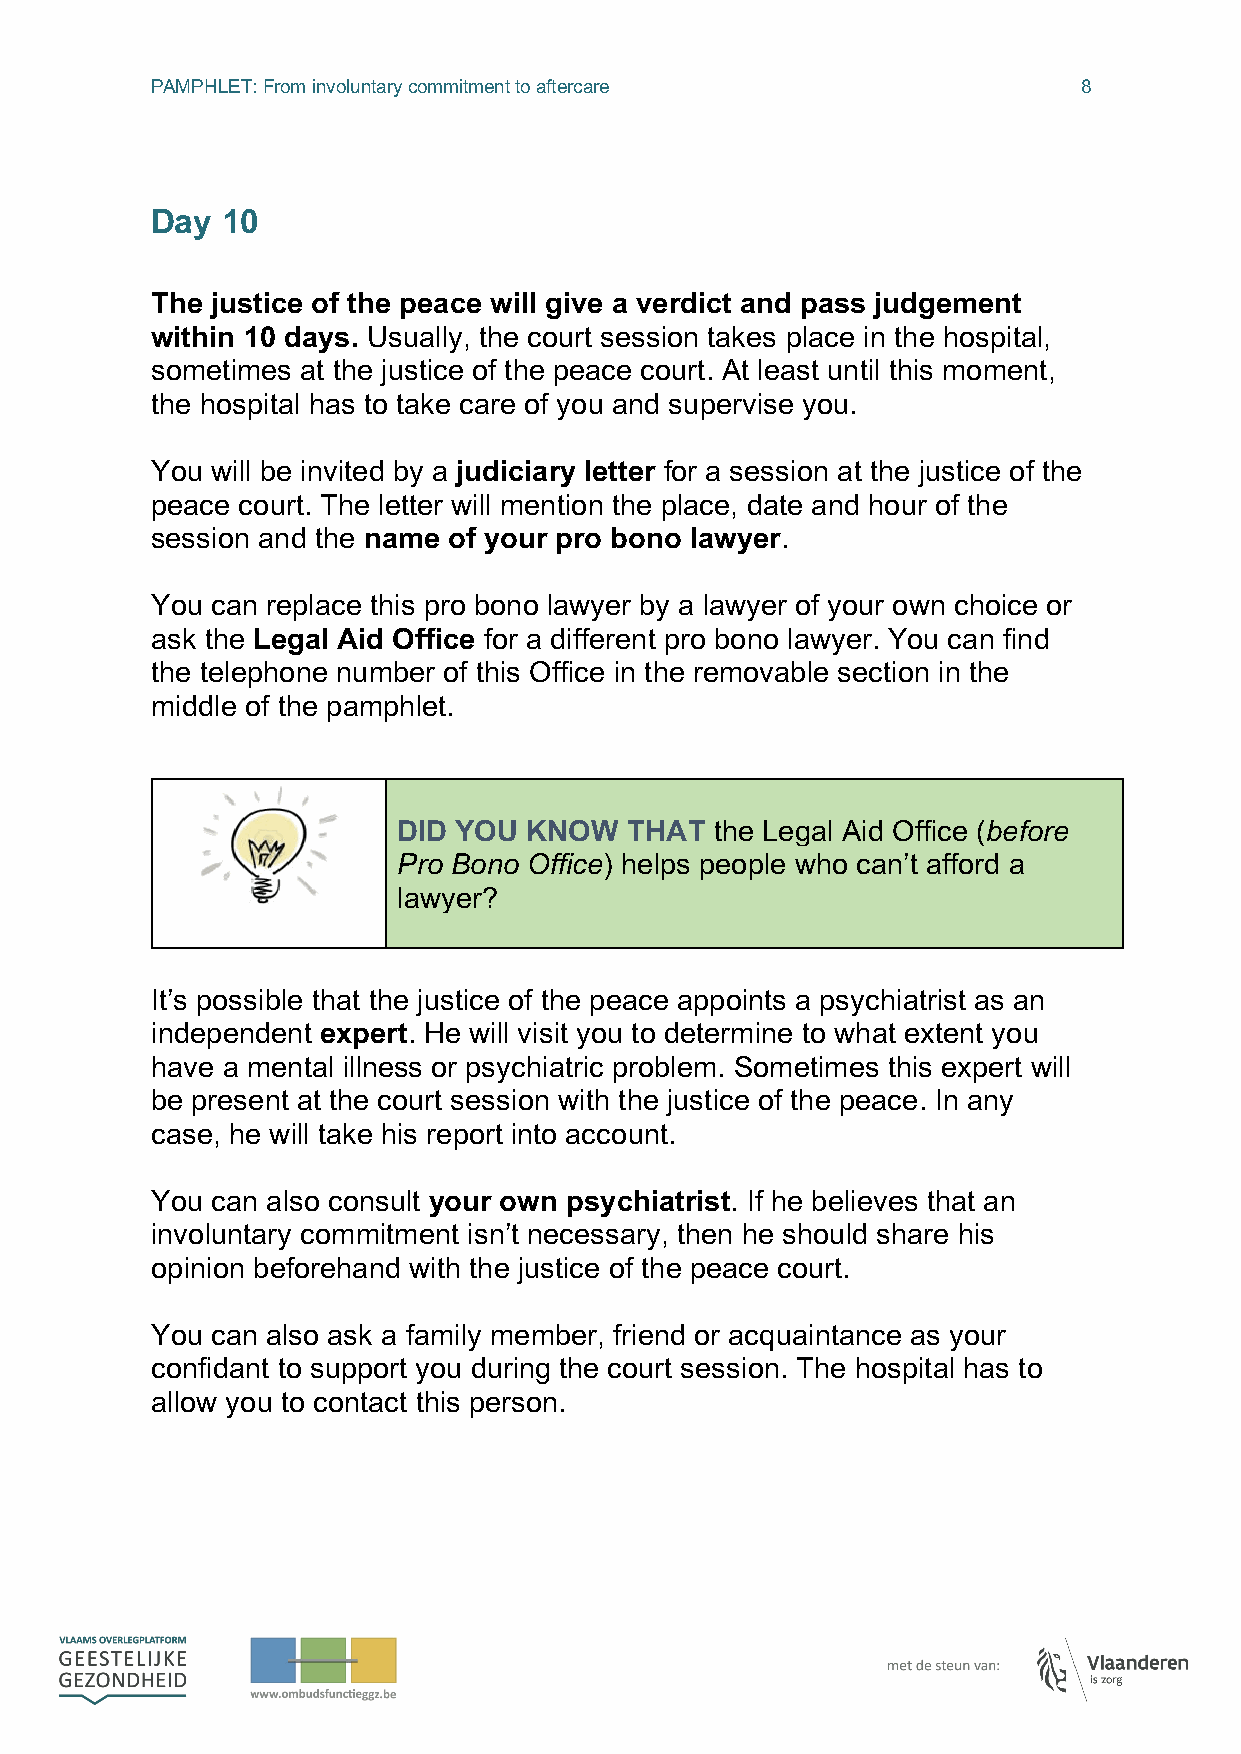
PAMPHLET: From involuntary commitment to aftercare            8
 Day  10
 The justice of the peace will give a verdict and pass judgement
 within 10 days. Usually, the court session takes place in the hospital,
 sometimes at the justice of the peace court. At least until this moment,
 the hospital has to take care of you and supervise you.
 You will be invited by a judiciary letter for a session at the justice of the
 peace court. The letter will mention the place, date and hour of the
 session and the name of your pro bono lawyer.
 You can replace this pro bono lawyer by a lawyer of your own choice or
 ask the Legal Aid Office for a different pro bono lawyer. You can find
 the telephone number of this Office in the removable section in the
 middle of the pamphlet.
 DID YOU  KNOW   THAT the Legal Aid Office (before
 Pro Bono Office) helps people who can’t afford a
 lawyer?
 It’s possible that the justice of the peace appoints a psychiatrist as an
 independent expert. He will visit you to determine to what extent you
 have a mental illness or psychiatric problem. Sometimes this expert will
 be present at the court session with the justice of the peace. In any
 case, he will take his report into account.
 You can also consult your own psychiatrist. If he believes that an
 involuntary commitment isn’t necessary, then he should share his
 opinion beforehand with the justice of the peace court.
 You can also ask a family member, friend or acquaintance as your
 confidant to support you during the court session. The hospital has to
 allow you to contact this person.